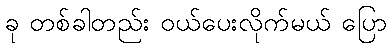
ခု တစ်ခါတည်း ဝယ်ပေးလိုက်မယ် ပြော